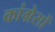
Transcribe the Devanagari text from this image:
कांग्रेसों